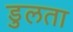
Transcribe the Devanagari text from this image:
डुलता